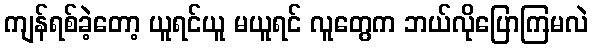
ကျန်ရစ်ခဲ့တော့ ယူရင်ယူ မယူရင် လူတွေက ဘယ်လိုပြောကြမလဲ